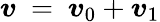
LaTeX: \boldsymbol{v}~=~\boldsymbol{v}_{0}+\boldsymbol{v}_{1}